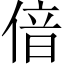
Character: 偣